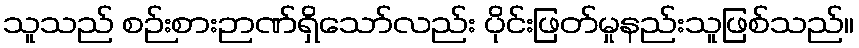
သူသည် စဉ်းစားဉာဏ်ရှိသော်လည်း ပိုင်းဖြတ်မှုနည်းသူဖြစ်သည်။